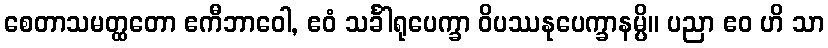
စေတာသမတ္ထတော ဧကီဘာဝေါ, ဧဝံ သင်္ခါရုပေက္ခာ ဝိပဿနုပေက္ခာနမ္ပိ။ ပညာ ဧဝ ဟိ သာ